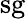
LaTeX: \mathrm{sg}